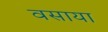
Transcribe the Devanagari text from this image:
वसाया